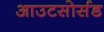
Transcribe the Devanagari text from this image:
आउटसोर्सड